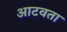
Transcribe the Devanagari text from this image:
आटवता